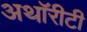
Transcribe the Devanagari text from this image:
अथॉरीटी